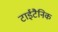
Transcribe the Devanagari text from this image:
टाईटैनिक